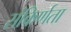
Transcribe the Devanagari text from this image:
संकिर्णता